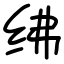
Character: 绋